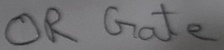
Text: OR Gate